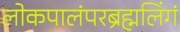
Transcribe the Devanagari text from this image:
लोकपालंपरब्रंह्मलिंगं